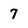
Character: 7